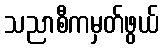
သညာစီကမှတ်ဖွယ်